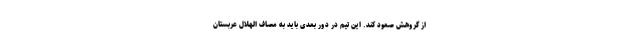
از گروهش صعود کند. این تیم در دور بعدی باید به مصاف الهلال عربستان